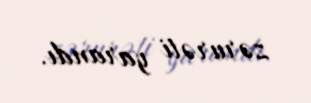
zərurəti yarandı.